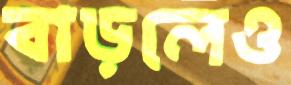
বাড়লেও